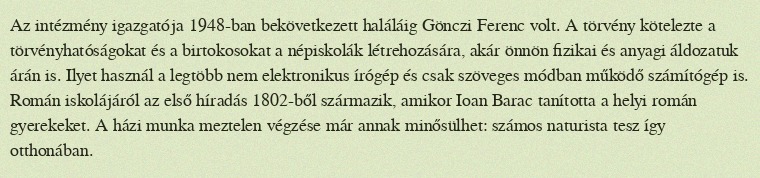
Az intézmény igazgatója 1948-ban bekövetkezett haláláig Gönczi Ferenc volt. A törvény kötelezte a törvényhatóságokat és a birtokosokat a népiskolák létrehozására, akár önnön fizikai és anyagi áldozatuk árán is. Ilyet használ a legtöbb nem elektronikus írógép és csak szöveges módban működő számítógép is. Román iskolájáról az első híradás 1802-ből származik, amikor Ioan Barac tanította a helyi román gyerekeket. A házi munka meztelen végzése már annak minősülhet: számos naturista tesz így otthonában.